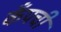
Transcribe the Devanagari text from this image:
कँपची